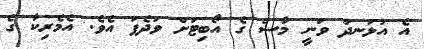
އެ އުޅަނދު ވަނީ މާސް ގެ އޯބިޓަށް ވަދެފަ އެވެ. އެމެރިކާ ގެ